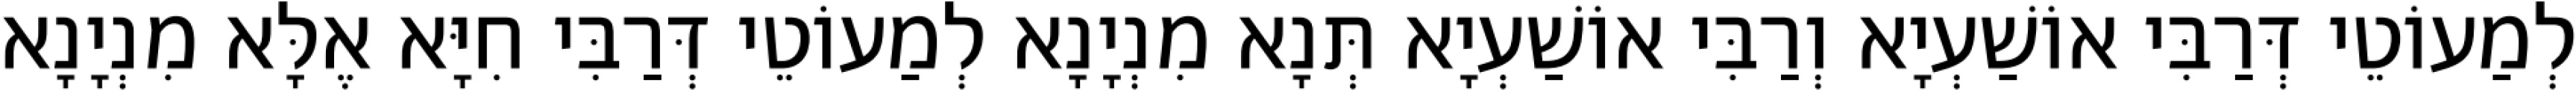
לְמַעוֹטֵי דְּרַבִּי אוֹשַׁעְיָא וְרַבִּי אוֹשַׁעְיָא תְּנָא מִנְיָנָא לְמַעוֹטֵי דְּרַבִּי חִיָּא אֶלָּא מִנְיָנָא